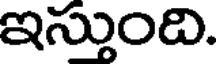
ఇస్తుంది.